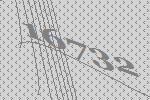
16732